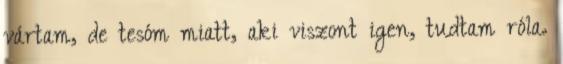
vártam, de tesóm miatt, aki viszont igen, tudtam róla.